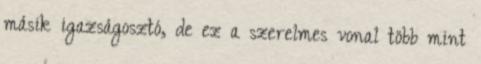
másik igazságosztó, de ez a szerelmes vonal több mint